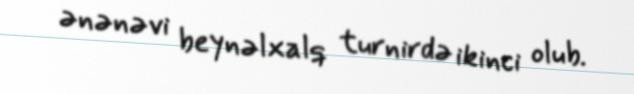
ənənəvi beynəlxalq turnirdə ikinci olub.